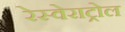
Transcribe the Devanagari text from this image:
रेस्वेराट्रोल